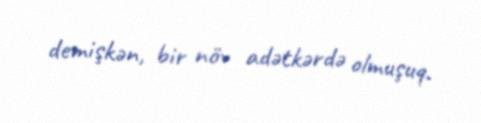
demişkən, bir növ adətkərdə olmuşuq.